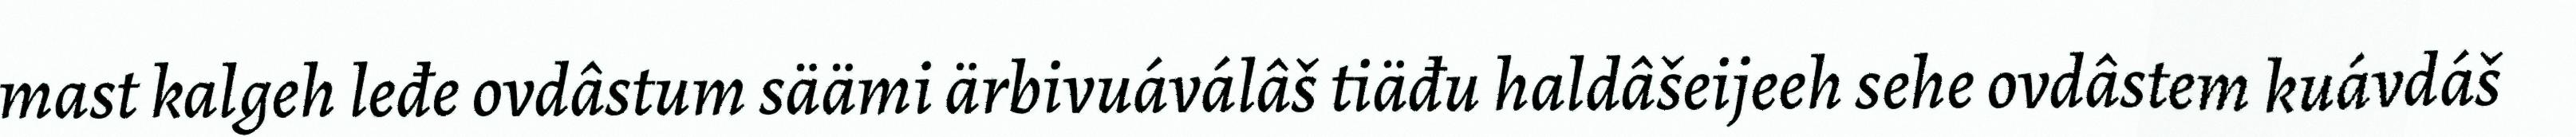
mast kalgeh leđe ovdâstum säämi ärbivuáválâš tiäđu haldâšeijeeh sehe ovdâstem kuávdáš